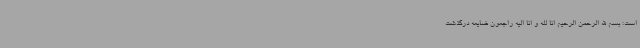
است: بسم الله الرحمن الرحیم انا لله و انا الیه راجعون ضایعه درگذشت